Annual administration and progress report of the Indian Medical Department, Bombay
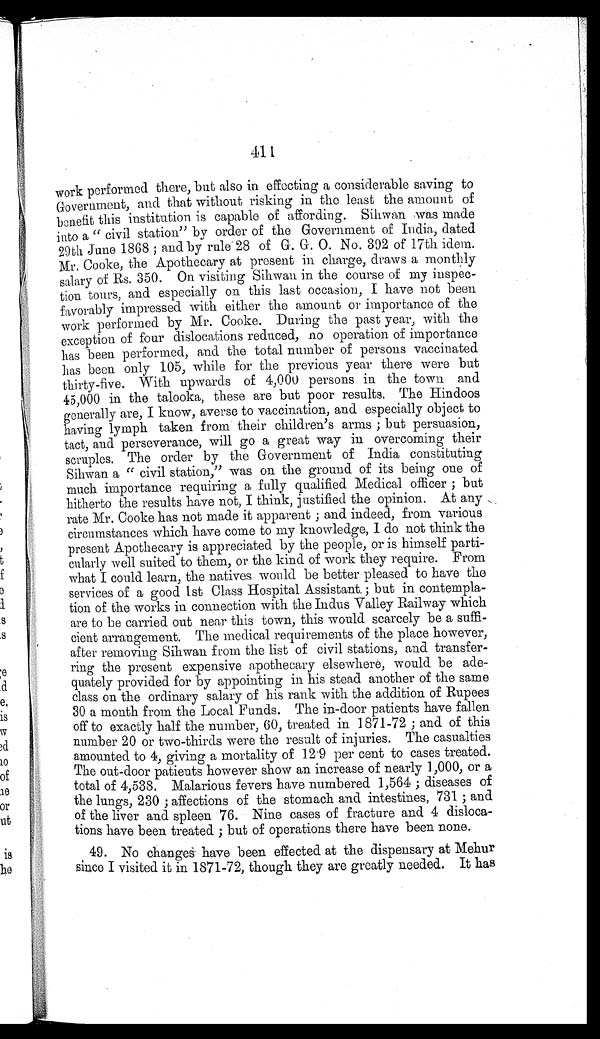
411
work performed there, but also in effecting a considerable saving to
Government, and that without risking in the least the amount of
benefit this institution is capable of affording. Sihwan was made
into a "civil station" by order of the Government of India, dated
29th June 1868; and by rule 28 of G. G. O. No. 392 of 17th idem.
Mr. Cooke, the Apothecary at present in charge, draws a monthly
salary of Rs. 350. On visiting Sihwan in the course of my inspec--
tion tours, and especially on this last occasion, I have not been
favorably impressed with either the amount or importance of the
work performed by Mr. Cooke. During the past year, with the
exception of four dislocations reduced, no operation of importance
has been performed, and the total number of persons vaccinated
has been only 105, while for the previous year there were but
thirty-five. With upwards of 4,000 persons in the town and
45,000 in the talooka, these are but poor results. The Hindoos
generally are, I know, averse to vaccination, and especially object to
having lymph taken from their children's arms; but persuasion,
tact, and perseverance, will go a great way in overcoming their
scruples. The order by the Government of India constituting
Sihwan a "civil station," was on the ground of its being one of
much importance requiring a fully qualified Medical officer; but
hitherto the results have not, I think, justified the opinion. At any
rate Mr. Cooke has not made it apparent; and indeed, from various
circumstances which have come to my knowledge, I do not think the
present Apothecary is appreciated by the people, or is himself parti-
cularly well suited to them, or the kind of work they require. From
what I could learn, the natives would be better pleased to have the
services of a good 1st Class Hospital Assistant; but in contempla--
tion of the works in connection with the Indus Valley Railway which
are to be carried out near this town, this would scarcely be a suffi-
cient arrangement. The medical requirements of the place however,
after removing Sihwan from the list of civil stations, and transfer--
ring the present expensive apothecary elsewhere, would be ade--
quately provided for by appointing in his stead another of the same
class on the ordinary salary of his rank with the addition of Rupees
30 a month from the Local Funds. The in-door patients have fallen
off to exactly half the number, 60, treated in 1871-72; and of this
number 20 or two-thirds were the result of injuries. The casualties
amounted to 4, giving a mortality of 12.9 per cent to cases treated.
The out-door patients however show an increase of nearly 1,000, or a
total of 4,538. Malarious fevers have numbered 1,564; diseases of
the lungs, 230; affections of the stomach and intestines, 731; and
of the liver and spleen 76. Nine cases of fracture and 4 disloca--
tions have been treated; but of operations there have been none.
49. No changes have been effected at the dispensary at Mehur
since I visited it in 1871-72, though they are greatly needed. It has